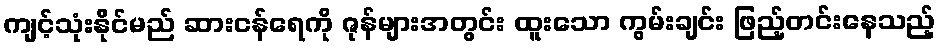
ကျင့်သုံးနိုင်မည် ဆားငန်ရေကို ဇုန်များအတွင်း ထူးသော ကွမ်းချင်း ဖြည့်တင်းနေသည့်